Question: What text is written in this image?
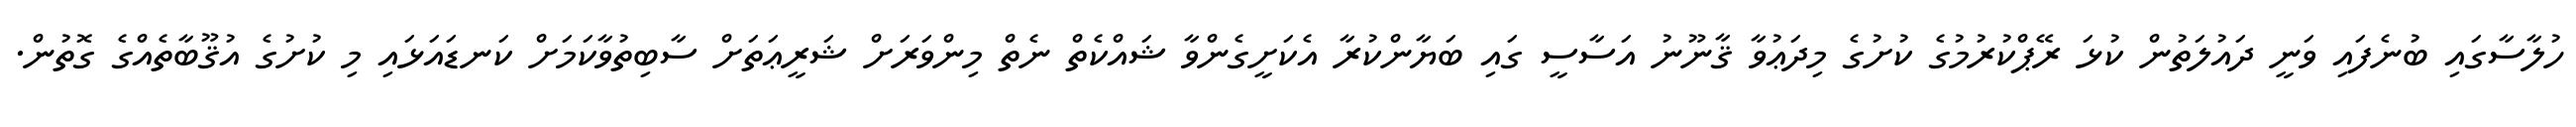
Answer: ހުލާސާގައި ބުނެފައި ވަނީ ދައުލަތުން ކުޅަ ރޭޕްކުރުމުގެ ކުށުގެ މިދަޢުވާ ޤާނޫނު އަސާސީ ގައި ބަޔާންކުރާ އެކަށީގެންވާ ޝައްކެތް ނެތް މިންވަރަށް ޝަރީޢަތަށް ސާބިތުވާކަމަށް ކަނޑައަޅައި މި ކުށުގެ އުޤޫބާތެއްގެ ގޮތުން.